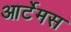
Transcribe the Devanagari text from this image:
आर्टेमस